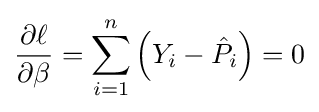
{\frac {\partial \ell }{\partial \beta }}=\sum _{i=1}^{n}\left(Y_{i}-{\hat {P}}_{i}\right)=0